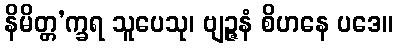
နိမိတ္တ’က္ခရ သူပေသု၊ ဗျဉ္ဇနံ စိဟနေ ပဒေ။